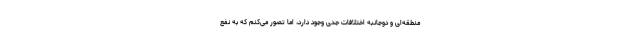
منطقه‌ای و دوجانبه اختلافات جدی وجود دارد، اما تصور می‌کنم که به نفع